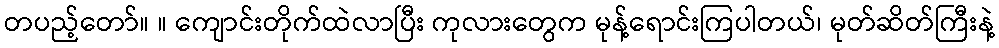
တပည့်တော်။ ။ ကျောင်းတိုက်ထဲလာပြီး ကုလားတွေက မုန့်ရောင်းကြပါတယ်၊ မုတ်ဆိတ်ကြီးနဲ့